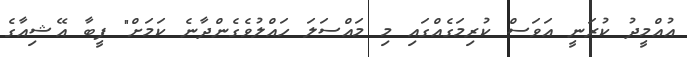
އުއްމީދު ކުރަނީ އަވަސް ކުރިމަގެއްގައި މި މައްސަލަ ހައްލުވެގެންދާނެ ކަމަށް" ފީބާ އޭޝިއާގެ